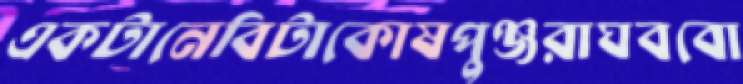
একটানেবিটাকোষপুঞ্জরাঘববো